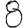
Digit: 8